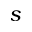
s